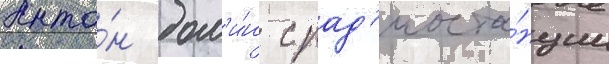
Анто́н дол'и́н с рад'иоста́нции